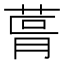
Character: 𮏨